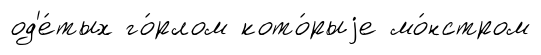
од'е́тых го́рлом кото́рыjе мо́нстром